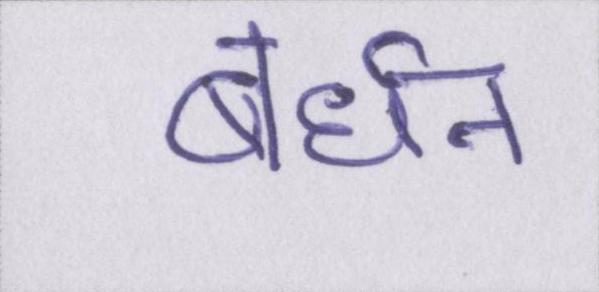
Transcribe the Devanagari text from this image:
बर्धन